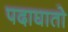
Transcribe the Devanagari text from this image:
पदाघातो